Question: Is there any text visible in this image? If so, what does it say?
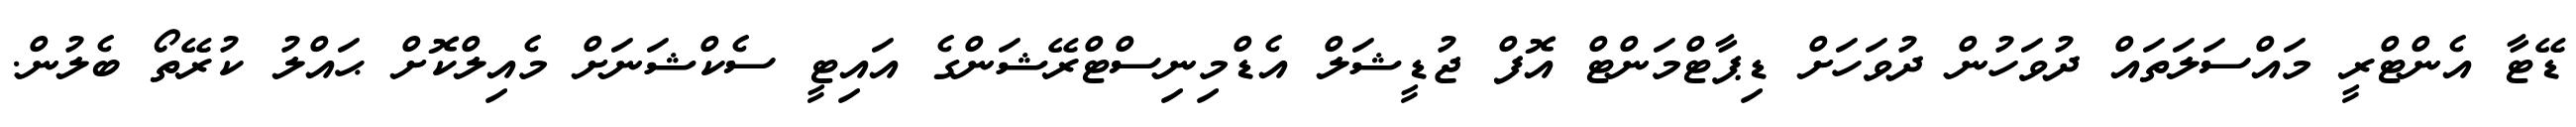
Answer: ޑޭޓާ އެންޓްރީ މައްސަލަތައް ދުވަހުން ދުވަހަށް ޑިޕާޓްމަންޓް އޮފް ޖުޑީޝަލް އެޑްމިނިސްޓްރޭޝަންގެ އައިޓީ ސެކްޝަނަށް މެއިލްކޮށް ޙައްލު ކުރޭތޯ ބެލުން.